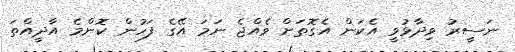
ނަސީރު ވިދާޅުވީ އެކަން އެގޮތަށް ވެއްޖެ ނަމަ އޭގެ ފަހުން ކޮންމެ އާދީއްތަ